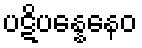
ပဋိပန္နေနေဝ